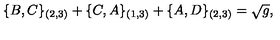
\{ B , C \} _ { ( 2 , 3 ) } + \{ C , A \} _ { ( 1 , 3 ) } + \{ A , D \} _ { ( 2 , 3 ) } = \sqrt { g } ,